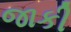
જાકી